Indian journal of veterinary science and animal husbandry - Volumes 22-23, 1952-1953
Year: 1952
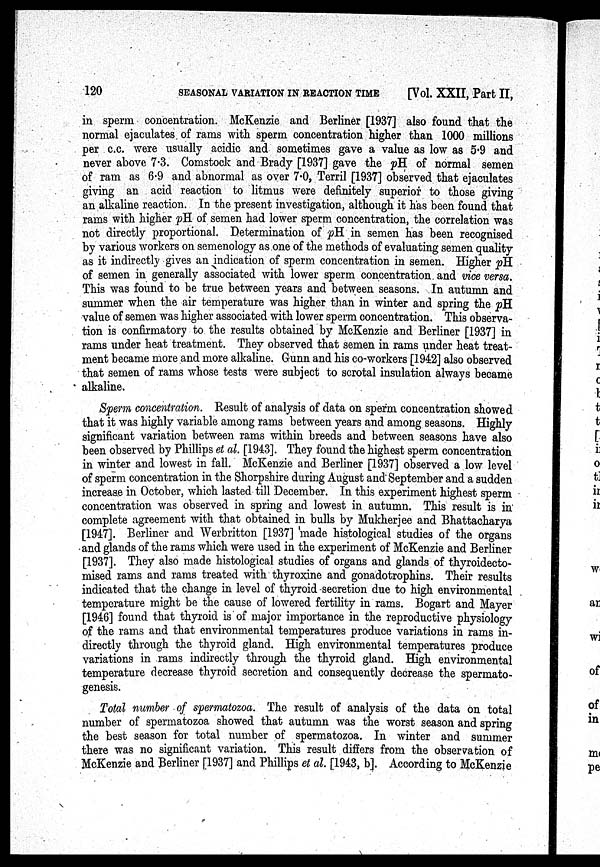
120
SEASONAL VARIATION IN REACTION TIME
[Vol. XXII, Part II,
in sperm concentration. McKenzie and Berliner [1937] also found that the
normal ejaculates, of rams with sperm concentration higher than 1000 millions
per c.c. were usually acidic and sometimes gave a value as low as 5.9 and
never above 7.3. Comstock and Brady [1937] gave the pH. of normal semen
of ram as 6.9 and abnormal as over 7.0, Terril [1937] observed that ejaculates
giving an acid reaction to litmus were definitely superior to those giving
an alkaline reaction. In the present investigation, although it has been found that
rams with higher pH of semen had lower sperm concentration, the correlation was
not directly proportional. Determination of pH in semen has been recognised
by various workers on semenology as one of the methods of evaluating semen quality
as it indirectly gives an indication of sperm concentration in semen. Higher pH
of semen in generally associated with lower sperm concentration, and vice versa.
This was found to be true between years and between seasons. In autumn and
summer when the air temperature was higher than in winter and spring the pH
value of semen was higher associated with lower sperm concentration. This observa-
tion is confirmatory to the results obtained by McKenzie and Berliner [1937] in
rams under heat treatment. They observed that semen in rams under heat treat-
ment became more and more alkaline. Gunn and his co-workers [1942] also observed
that semen of rams whose tests were subject to scrotal insulation always became
alkaline.
Sperm concentration. Result of analysis of data on sperm concentration showed
that it was highly variable among rams between years and among seasons. Highly
significant variation between rams within breeds and between seasons have also
been observed by Phillips et al. [1943]. They found the highest sperm concentration
in winter and lowest in fall. McKenzie and Berliner [1937] observed a low level
of sperm concentration in the Shorpshire during August and September and a sudden
increase in October, which lasted till December. In this experiment highest sperm
concentration was observed in spring and lowest in autumn. This result is in'
complete agreement with that obtained in bulls by Mukherjee and Bhattacharya
[1947]. Berliner and Werbritton [1937] made histological studies of the organs
•and glands of the rams which were used in the experiment of McKenzie and Berliner
[1937]. They also made histological studies of organs and glands of thyroidecto-
mised rams and rams treated with thyroxine and gonadotrophins. Their results
indicated that the change in level of thyroid -secretion due to high environmental
temperature might be the cause of lowered fertility in rams. Bogart and Mayer
[1946] found that thyroid is of major importance in the reproductive physiology
of the rams and that environmental temperatures produce variations in rams in-
directly through the thyroid gland. High environmental temperatures produce
variations in rams indirectly through the thyroid gland. High environmental
temperature decrease thyroid secretion and consequently decrease the spermato-
genesis.
Total number of spermatozoa. The result of analysis of the data on total
number of spermatozoa showed that autumn was the worst season and spring
the best season for total number of spermatozoa. In winter and summer
there was no significant variation. This result differs from the observation of
McKenzie and Berliner [1937] and Phillips et al. [1943, b]. According to McKenzie